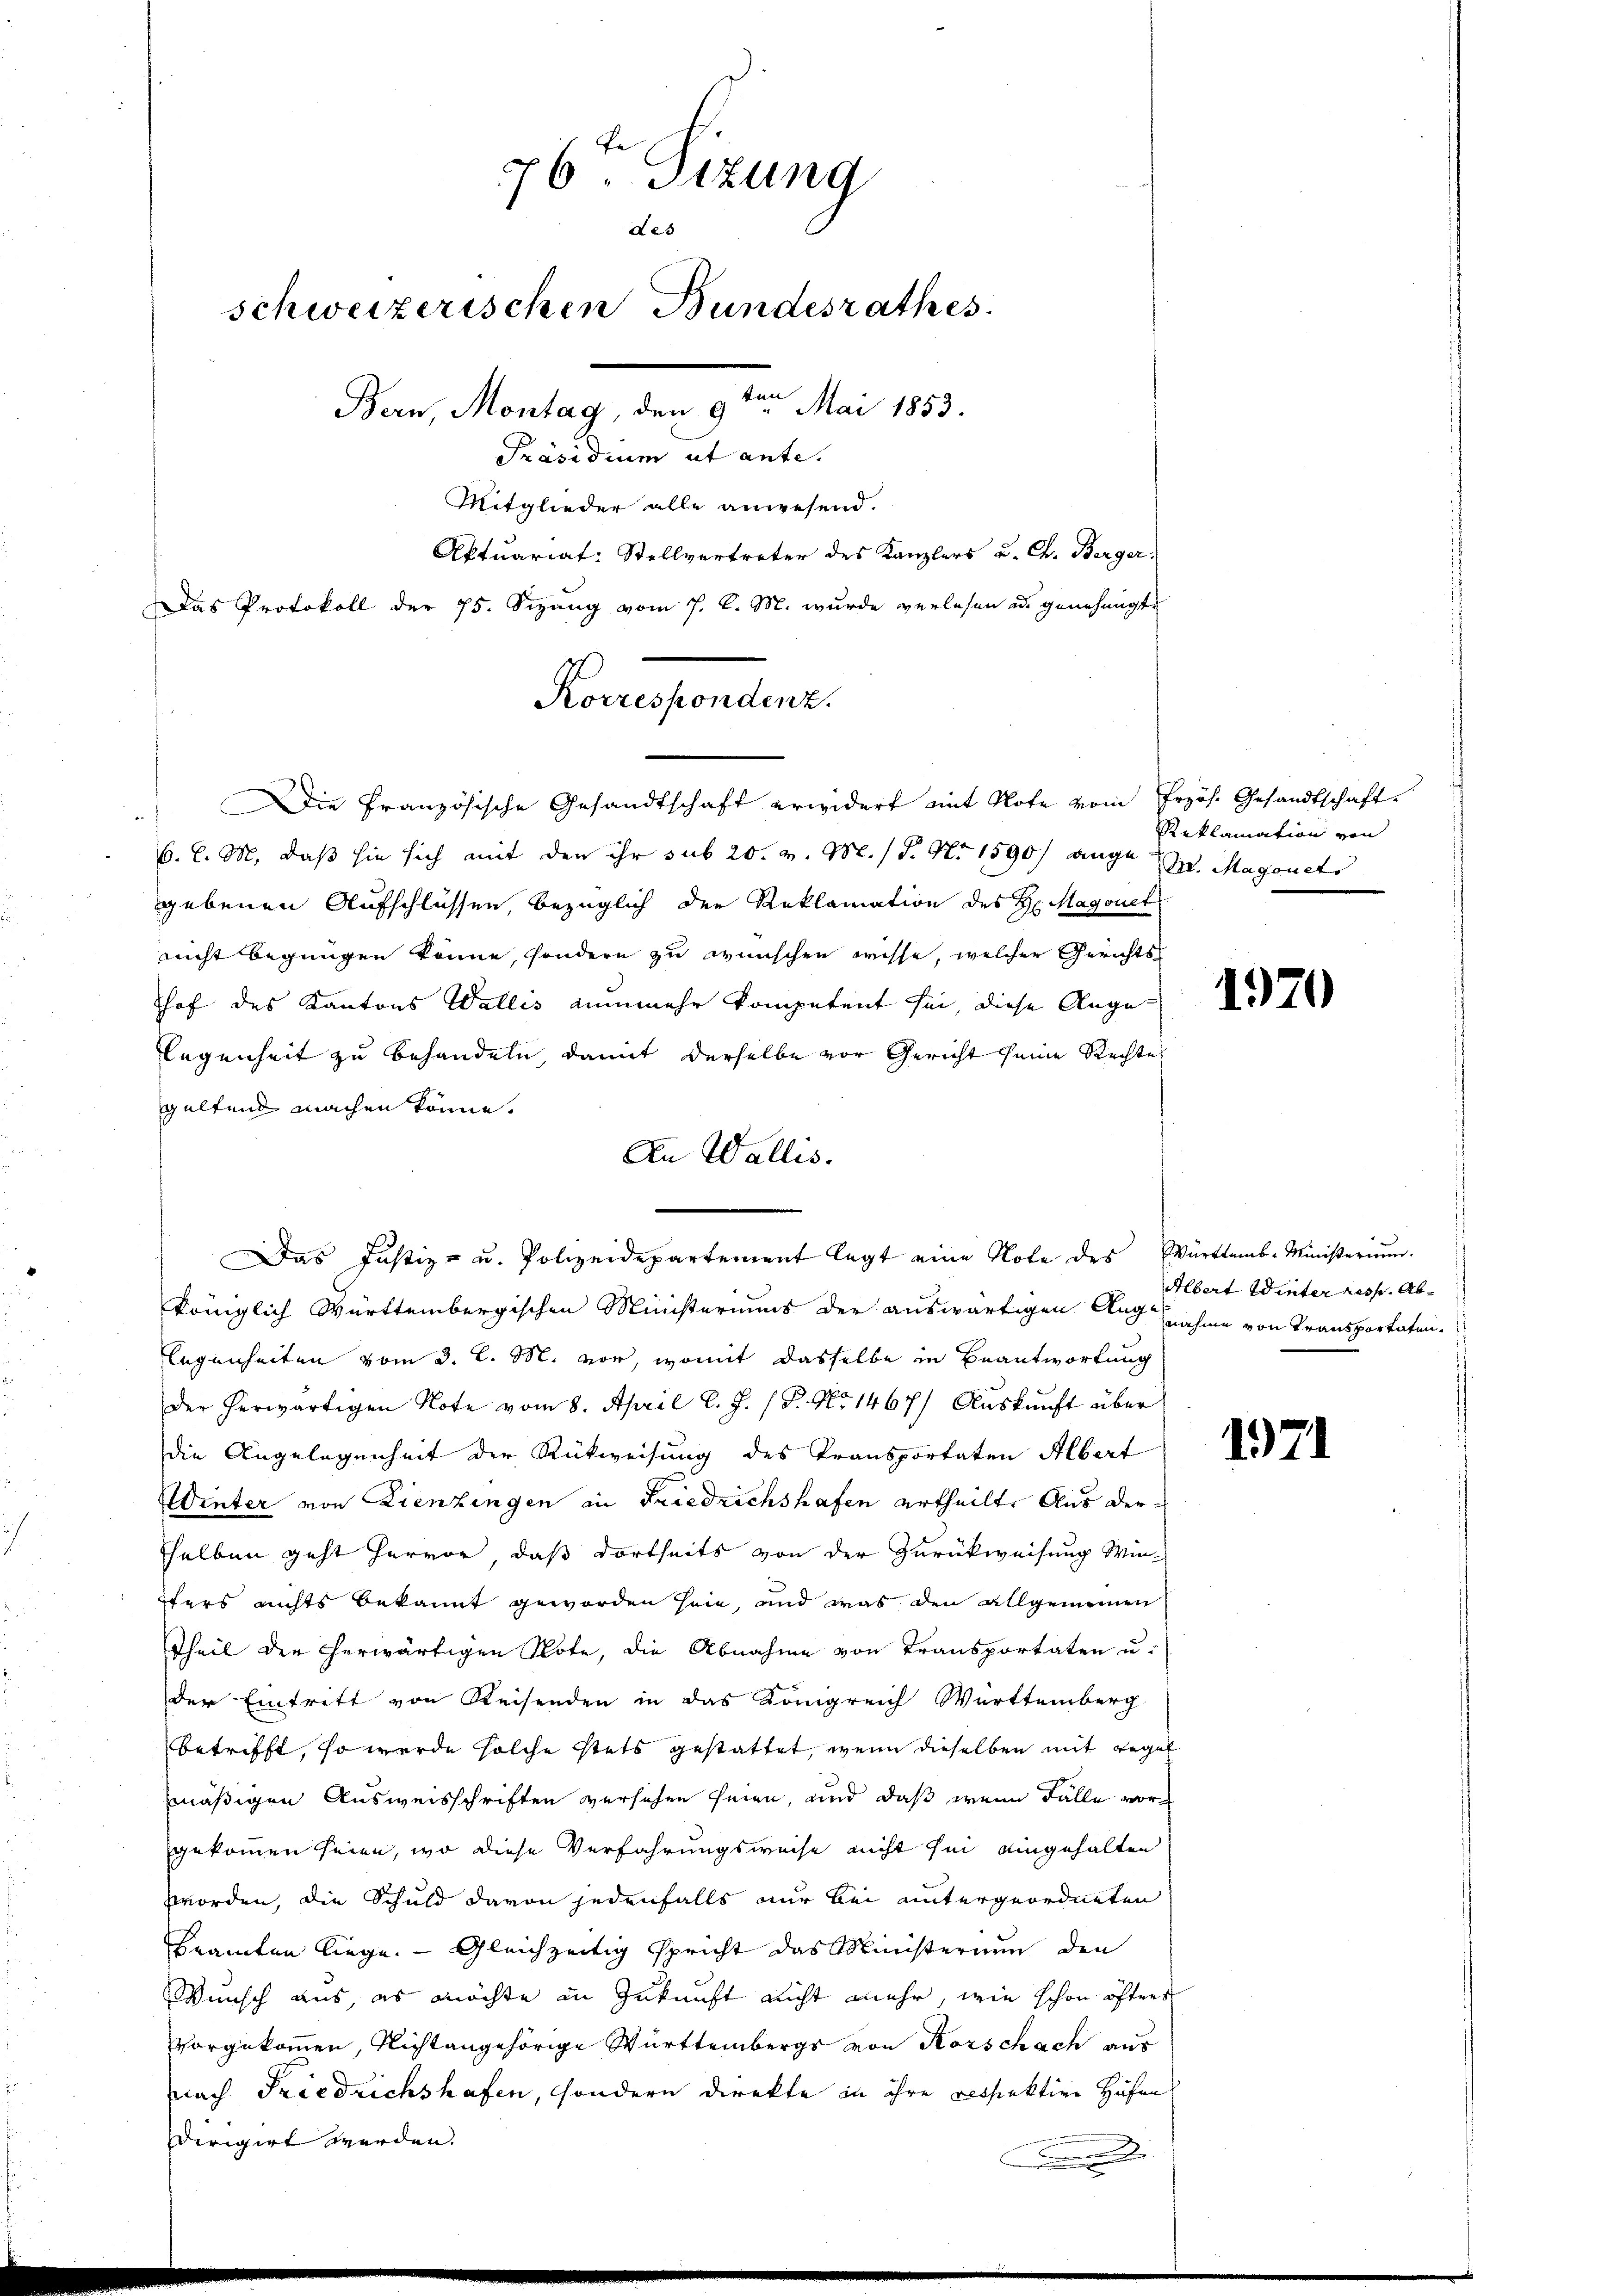
76ten Sizung
des
schweizerischen Bundesrathes
Bern, Montag, den 9te͇n Mai 1853.
Präsidium ut ante.
Mitglieder alle anwesend.
Aktuariat: Stellvertreter des Kanzlers u. Ch. Berger,
Das Protokoll der 75. Sizung vom 7. d. M. wurde verlesen od. genehmigte

6. C. M. daß sie sich mit den ihr sub 20. v. M. (T. No 1590 ange. Magonets
gebenen Aufschlüssen, bezüglich der Reklamation des H: Magonet
nicht begnügen könne, sondern zu wünschen wisse, welcher Gerichtshof des Kantons Wallis nunmehr kompetent sei, diese Auge
legenheit zu behandeln, damit derselbe vor Gericht seine Rechte
geltend machen könne.
Königlich Württembergischen Ministeriums der auswärtigen Aug nahme von Transportaten.
legenheiten vom 3. l. M. vor, womit dasselbe in Beantwortung
der herwärtigen Note vom 8. April l. J. 18. No 1467) Auskunft über
die Angelegenheit der Rückweisung des Transportaten Albert
Winter von Lienzingen in Friedrichshafen ertheilt. Aus dersselben geht hervor, daß dortheits von der Zurückweisung Win-
Efers nichts bekannt geworden sein, und was den allgemeinen
Theil der herwärtigen Note, die Abnahme von Transportaten u.
der Eintritt von Reisenden in das Königreich Württemberg
betrifft, so werde solche stets gestattet, wenn dieselben mit Regel
mäßigen Ausweisschriften versehen seien, und daß wenn Fälle vorgekommen seien, wo diese Verfahrungsweise nicht sei eingehalten
wworden, die Schuld davon jedenfalls nur bei untergeordneten
Beamten liege. — Gleichzeitig spricht das Ministerium den
Wunsch aus, es möchte in Zukunft nicht mehr, wie schon öfters
vorgekommen, nicht angehörige Württembergs von Korschach aus
nach Friedrichshafen, sondern direkte in ihre respektive Höfen
dirigirt werden.
.

Korrespondient.
Die Französische Gesandtschaft erwidert mit Note vom Erzös. Gesandtschaft

Das Justiz- u. Polizeidepartement legt eine Note des Württemb. Ministerium.

An Wallis.

Reklamation von

1970

Albert Winter resp. Ab¬

1971